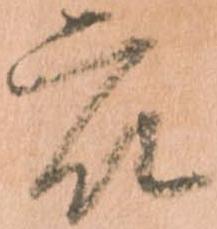
衆